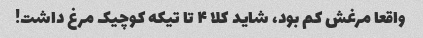
واقعا مرغش کم بود، شاید کلا ۴ تا تیکه کوچیک مرغ داشت!